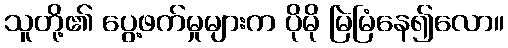
သူတို့၏ ပွေ့ဖက်မှုများက ပိုမို မြဲမြံနေ၍လော။